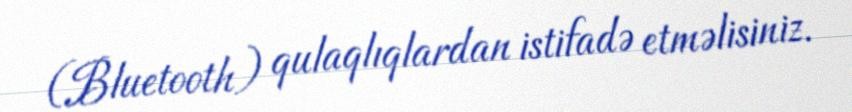
(Bluetooth) qulaqlıqlardan istifadə etməlisiniz.